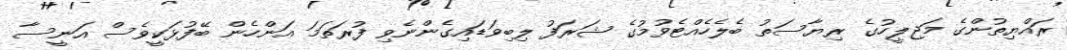
ރައްޔިތުންގެ މަޖިލީހުގެ ރިޔާސަތު ބެލެހެއްޓެވުމުގެ ޝަރަފު ލިބިވަޑައިގެންނެވި ފުރަތަމަ އަންހެން ބޭފުޅަކީވެސް އަނީސާ